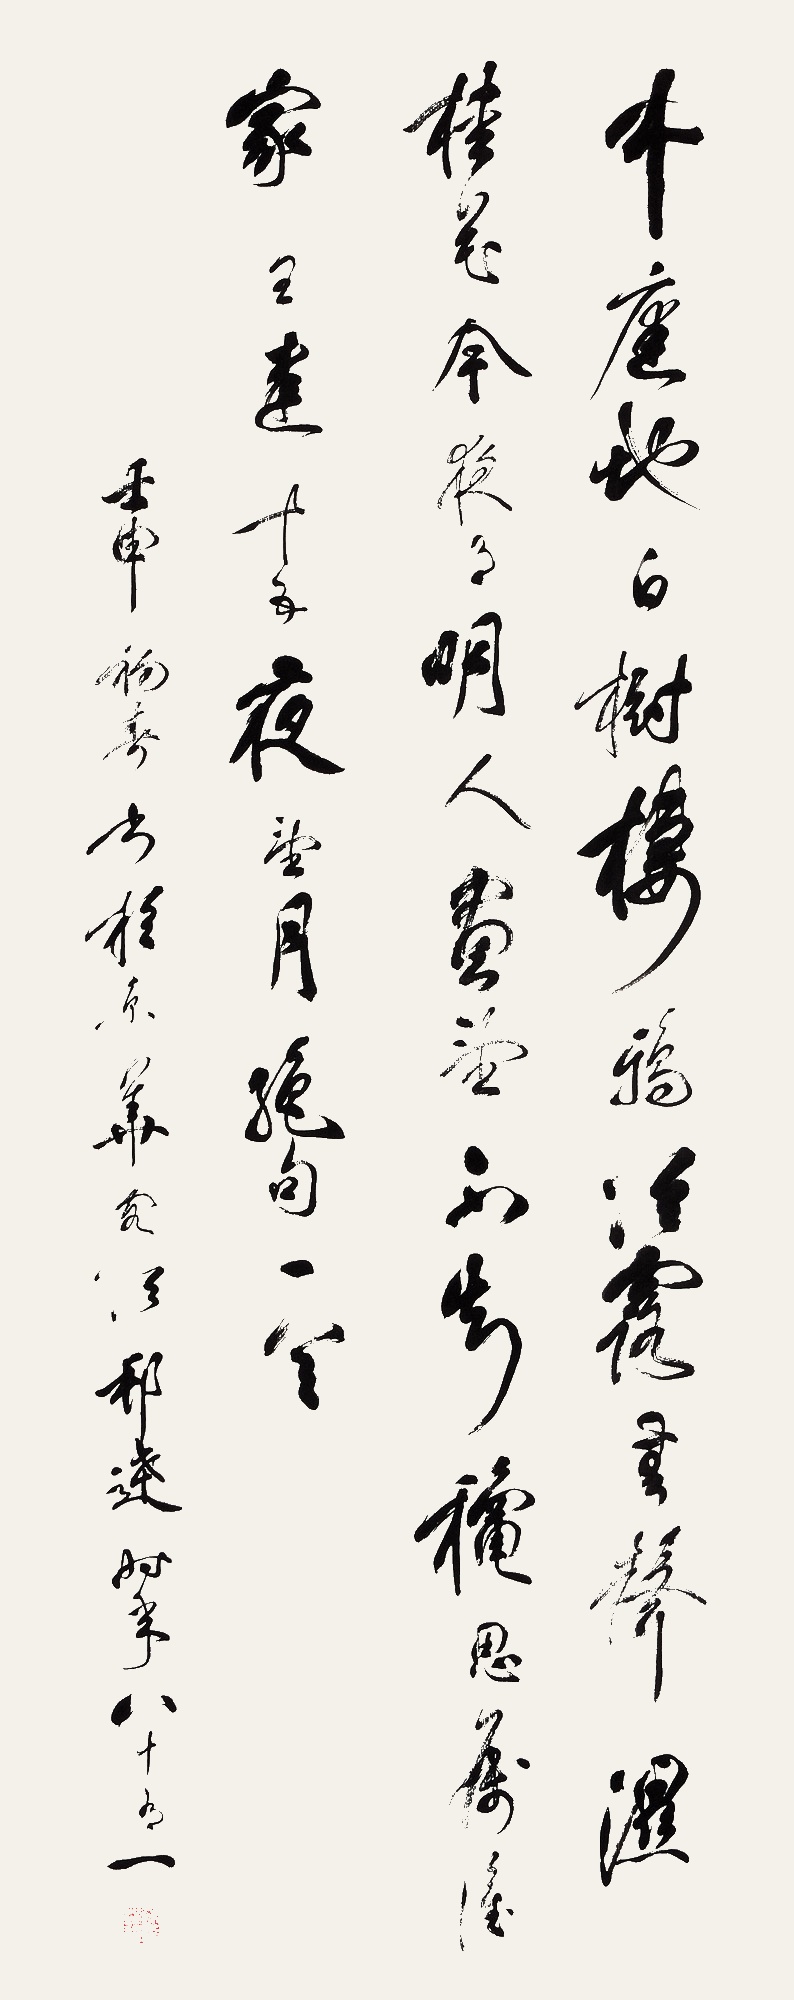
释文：中庭地白树栖鸦，冷露无声湿桂花。今夜月明人尽望，不知秋思落谁家。王建《十五夜望月》绝句一首。壬申初春，书于京华客次，邦达时年八十有一。